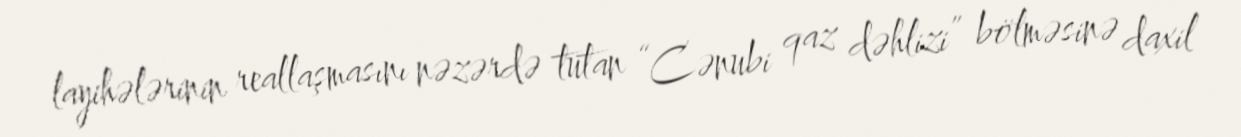
layihələrinin reallaşmasını nəzərdə tutan “Cənubi qaz dəhlizi” bölməsinə daxil